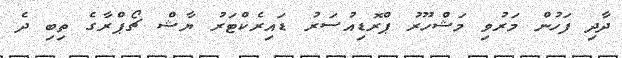
ދާދި ފަހުން މަރުވި މަޝްހޫރު ޕްރޮޑިއުސަރު ޑައިރެކްޓަރު ޔާޝް ޗޯޕްރާގެ ތިބި ދެ